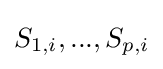
S_{1,i},...,S_{p,i}